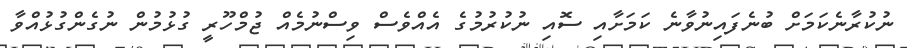
ނުކުރާނެކަމަށް ބުނެފައިނުވާނެ ކަމަށާއި ސޮއި ނުކުރުމުގެ އެއްވެސް ވިސްނުމެއް ޖުމްހޫރީ ގުޅުމުން ނުގެންގުޅުއްވާ